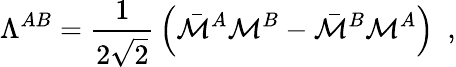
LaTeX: \Lambda^{AB}={\frac{1}{2\sqrt{2}}}\left(\bar{\cal M}^{A}{\cal M}^{B}-\bar{\cal M}^{B}{\cal M}^{A}\right)~~,